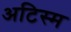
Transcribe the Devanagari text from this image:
अटिस्म